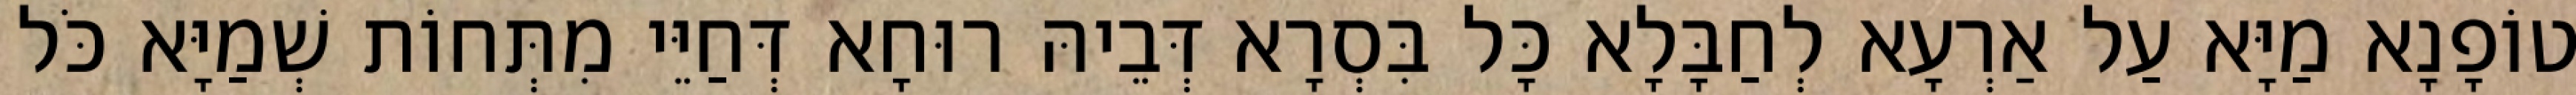
טוֹפָנָא מַיָּא עַל אַרְעָא לְחַבָּלָא כָּל בִּסְרָא דְּבֵיהּ רוּחָא דְּחַיֵּי מִתְּחוֹת שְׁמַיָּא כֹּל